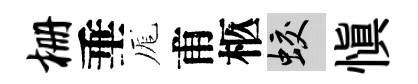
栅垂厖甫柩蛟慎